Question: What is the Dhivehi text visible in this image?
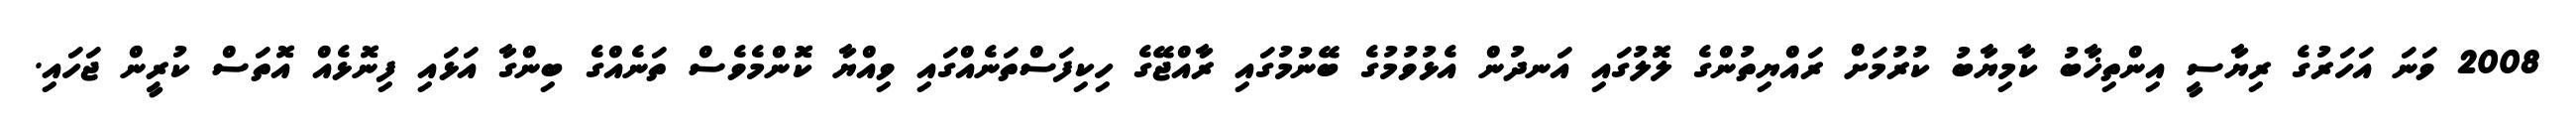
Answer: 2008 ވަނަ އަހަރުގެ ރިޔާސީ އިންތިޚާބު ކާމިޔާބު ކުރުމަށް ރައްޔިތުންގެ ލޮލުގައި އަނދުން އެޅުވުމުގެ ބޭނުމުގައި ރާއްޖޭގެ ހިކިފަސްތަނެއްގައި ވިއްޔާ ކޮންމެވެސް ތަނެއްގެ ބިންގާ އަޅައި ފިނޮޅެއް އޮތަސް ކުރީން ޖަހައި.